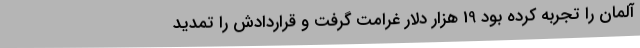
آلمان را تجربه کرده بود 19 هزار دلار غرامت گرفت و قراردادش را تمدید